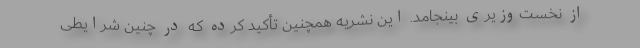
از نخست‌وزیری بینجامد. این نشریه همچنین تأکید کرده که در چنین شرایطی